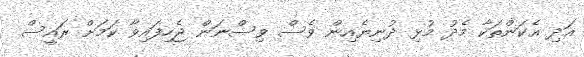
އަދި އެކަންތަކާ މެދު މުޅި ދުނިޔެއިން ވެސް ވިސްނަން ޖެހިފައިވާ ކަމަށް ރައީސް